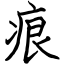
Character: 痕